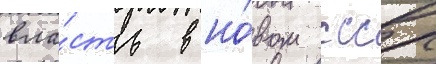
вла́сть в но́вом ссср